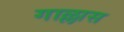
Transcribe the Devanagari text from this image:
गाल्लास